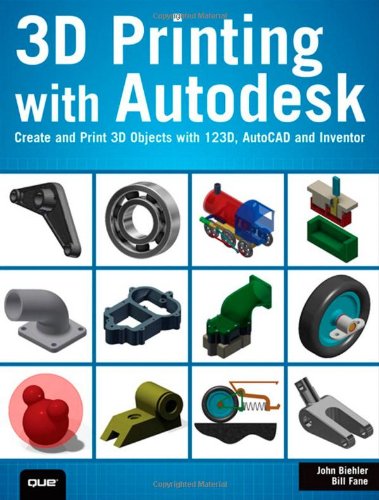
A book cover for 3D Printing with Autodesk: Create and Print 3D Objects with 123D, AutoCAD and Inventor; John Biehler; Computers & Technology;